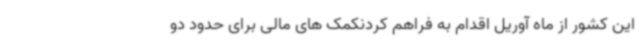
این کشور از ماه آوریل اقدام به فراهم کردنکمک های مالی برای حدود دو